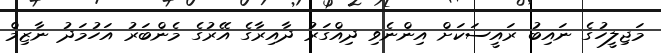
މަޖިލީހުގެ ނައިބު ރައީސަކަށް އިންނެވި ދިއްގަރު ދާއިރާގެ އޭރުގެ މެންބަރު އަހުމަދު ނާޒިމް